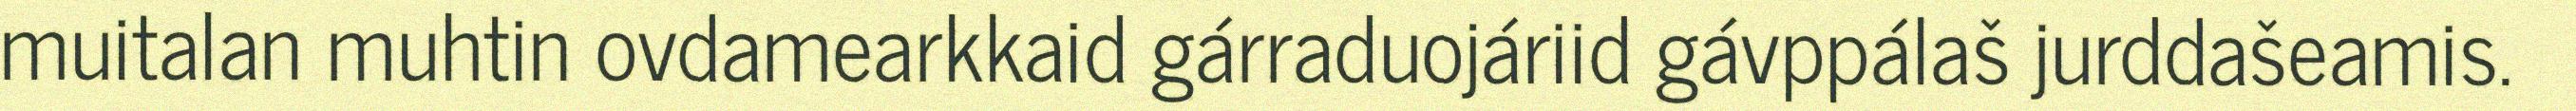
muitalan muhtin ovdamearkkaid gárraduojáriid gávppálaš jurddašeamis.